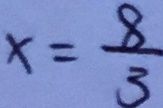
x = \frac { 8 } { 3 }